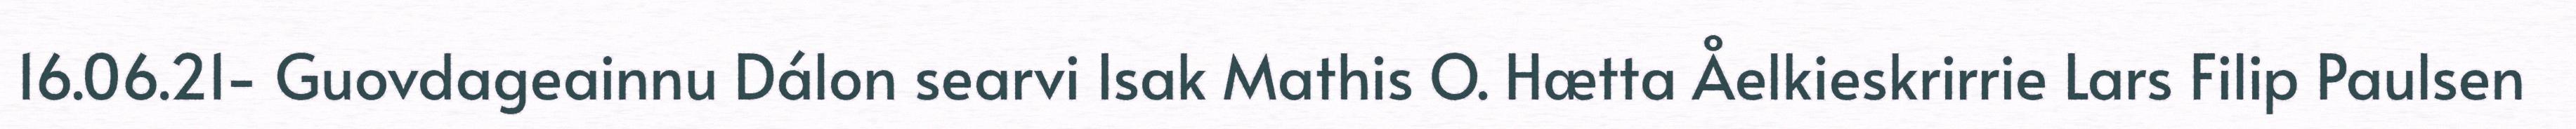
16.06.21- Guovdageainnu Dálon searvi Isak Mathis O. Hætta Åelkieskrirrie Lars Filip Paulsen